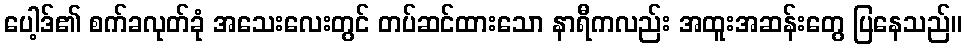
ပေါ့ဒ်၏ စက်ခလုတ်ခုံ အသေးလေးတွင် တပ်ဆင်ထားသော နာရီကလည်း အထူးအဆန်းတွေ ပြနေသည်။